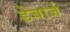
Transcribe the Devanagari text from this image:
डेबार्ज